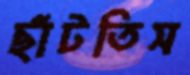
ছাঁটতিস